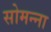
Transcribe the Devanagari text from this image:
सोमन्ना